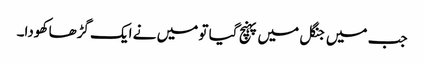
جب میں جنگل میں پہنچ گیا تو میں نے ایک گڑھا کھودا۔